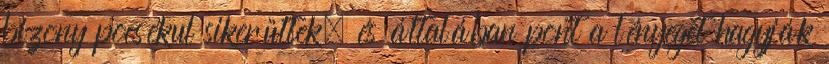
bizony pocsékul sikerültek, és általában pont a lényeget hagyják